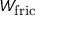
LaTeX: W _ { \mathrm { f r i c } }